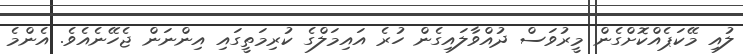
ލުއި މޭކަޕެއްކޮށްގެން މީރުވަސް ދުއްވާލައިގެން ހުރެ އައިމަލްގެ ކުރިމަތީގައި އިންނަން ޖެހޭނެއެވެ. އެންމެ